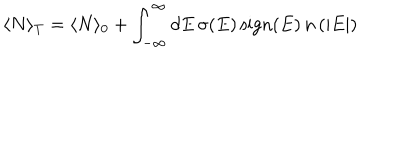
\langle N \rangle _ { T } = \langle N \rangle _ { 0 } + \int _ { - \infty } ^ { \infty } d E \, \sigma ( E ) \, \textrm { s i g n } ( E ) \, n \, ( | E | ) \quad